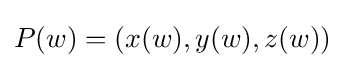
P(w)=(x(w),y(w),z(w))